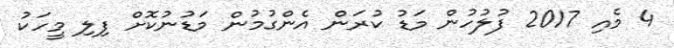
4 މެއި 2017 ފުލުހުން މަޑު ކުރަން އެންގުމުން މަޑުނުކޮށް ފިލި މީހަކު